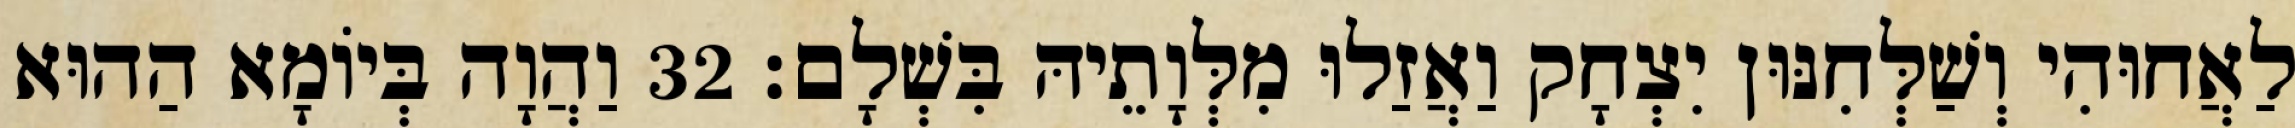
לַאֲחוּהִי וְשַׁלְּחִנּוּן יִצְחָק וַאֲזַלוּ מִלְּוָתֵיהּ בִּשְׁלָם׃ 32 וַהֲוָה בְּיוֹמָא הַהוּא